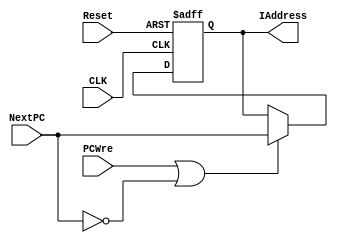
`timescale 1ns / 1ps
//////////////////////////////////////////////////////////////////////////////////
// Company: 
// Engineer: 
// 
// Design Name: 
// Module Name: PC
// Project Name: 
// Target Devices: 
// Tool Versions: 
// Description: 
// 
// Dependencies: 
// 
// Revision:
// Revision 0.01 - File Created
// Additional Comments:
// 
//////////////////////////////////////////////////////////////////////////////////


module PC(
    input CLK,                  // 
    input Reset,                // 
    input PCWre,                // PC  0 
    input [31:0] NextPC,        // 
    output reg [31:0] IAddress      // 
    );
    
    // 
    initial begin
        IAddress = 0;
    end

    // 
    always @(posedge CLK or negedge Reset) begin
        if (!Reset) begin
            // IAddress <= 32'hfffffffc;
            IAddress <= 0;
        end
        else if (PCWre || !NextPC) begin
            IAddress <= NextPC;
        end
    end
endmodule   // PC 

module JPC(
    input [31:0] PC,            // PC 
    input [25:0] IAddress,      // 
    output reg [31:0] JPC       //  PC
    );

    wire [27:0] temp;
    assign temp = IAddress << 2;
    always @(PC or IAddress) begin
        JPC[31:28] = PC[31:28];
        JPC[27:2] = temp[27:2];
        JPC[1:0] = 0;
    end
endmodule   // Jump PC

module NextPC(
    input Reset,                // 
    input [1:0] PCSrc,          // 
    input [31:0] PC,            // PC 
    input [31:0] Immediate,     // 
    input [31:0] ReadData1,
    input [31:0] JPC,           //  PC
    output reg [31:0] NextPC        //  PC
    );

    always @(Reset or PCSrc or PC or Immediate or JPC) begin
        if (!Reset) begin
            NextPC = PC + 4;
        end
        else begin
            case (PCSrc)
              2'b00: NextPC = PC + 4;
              2'b01: NextPC = PC + 4 + (Immediate << 2);
              2'b10: NextPC = ReadData1;
              2'b11: NextPC = JPC;
              default: NextPC = PC + 4;
            endcase
        end
    end
endmodule   // Next PC